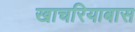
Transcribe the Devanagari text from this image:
खाचरियाबास